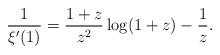
LaTeX: \begin{align*}\frac1{\xi'(1)}=\frac{1+z}{z^2}\log(1+z) -\frac1z.\end{align*}